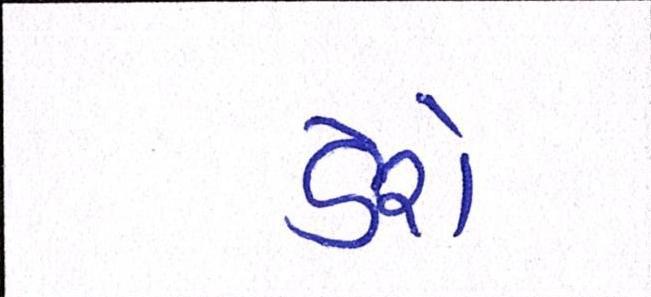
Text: ડેરો